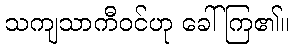
သကျသာကီဝင်ဟု ခေါ်ကြ၏။